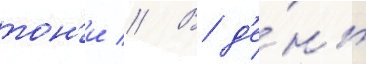
тон'и // В д'е́нь